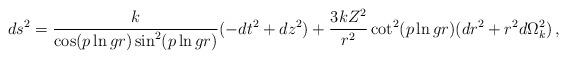
LaTeX: \begin{align*}ds^2 = \frac{k}{\cos(p\ln gr)\sin^2(p\ln gr)} (-dt^2 + dz^2) + \frac{3kZ^2}{r^2}\cot^2(p\ln gr)(dr^2 + r^2 d\Omega_k^2)\,, \end{align*}